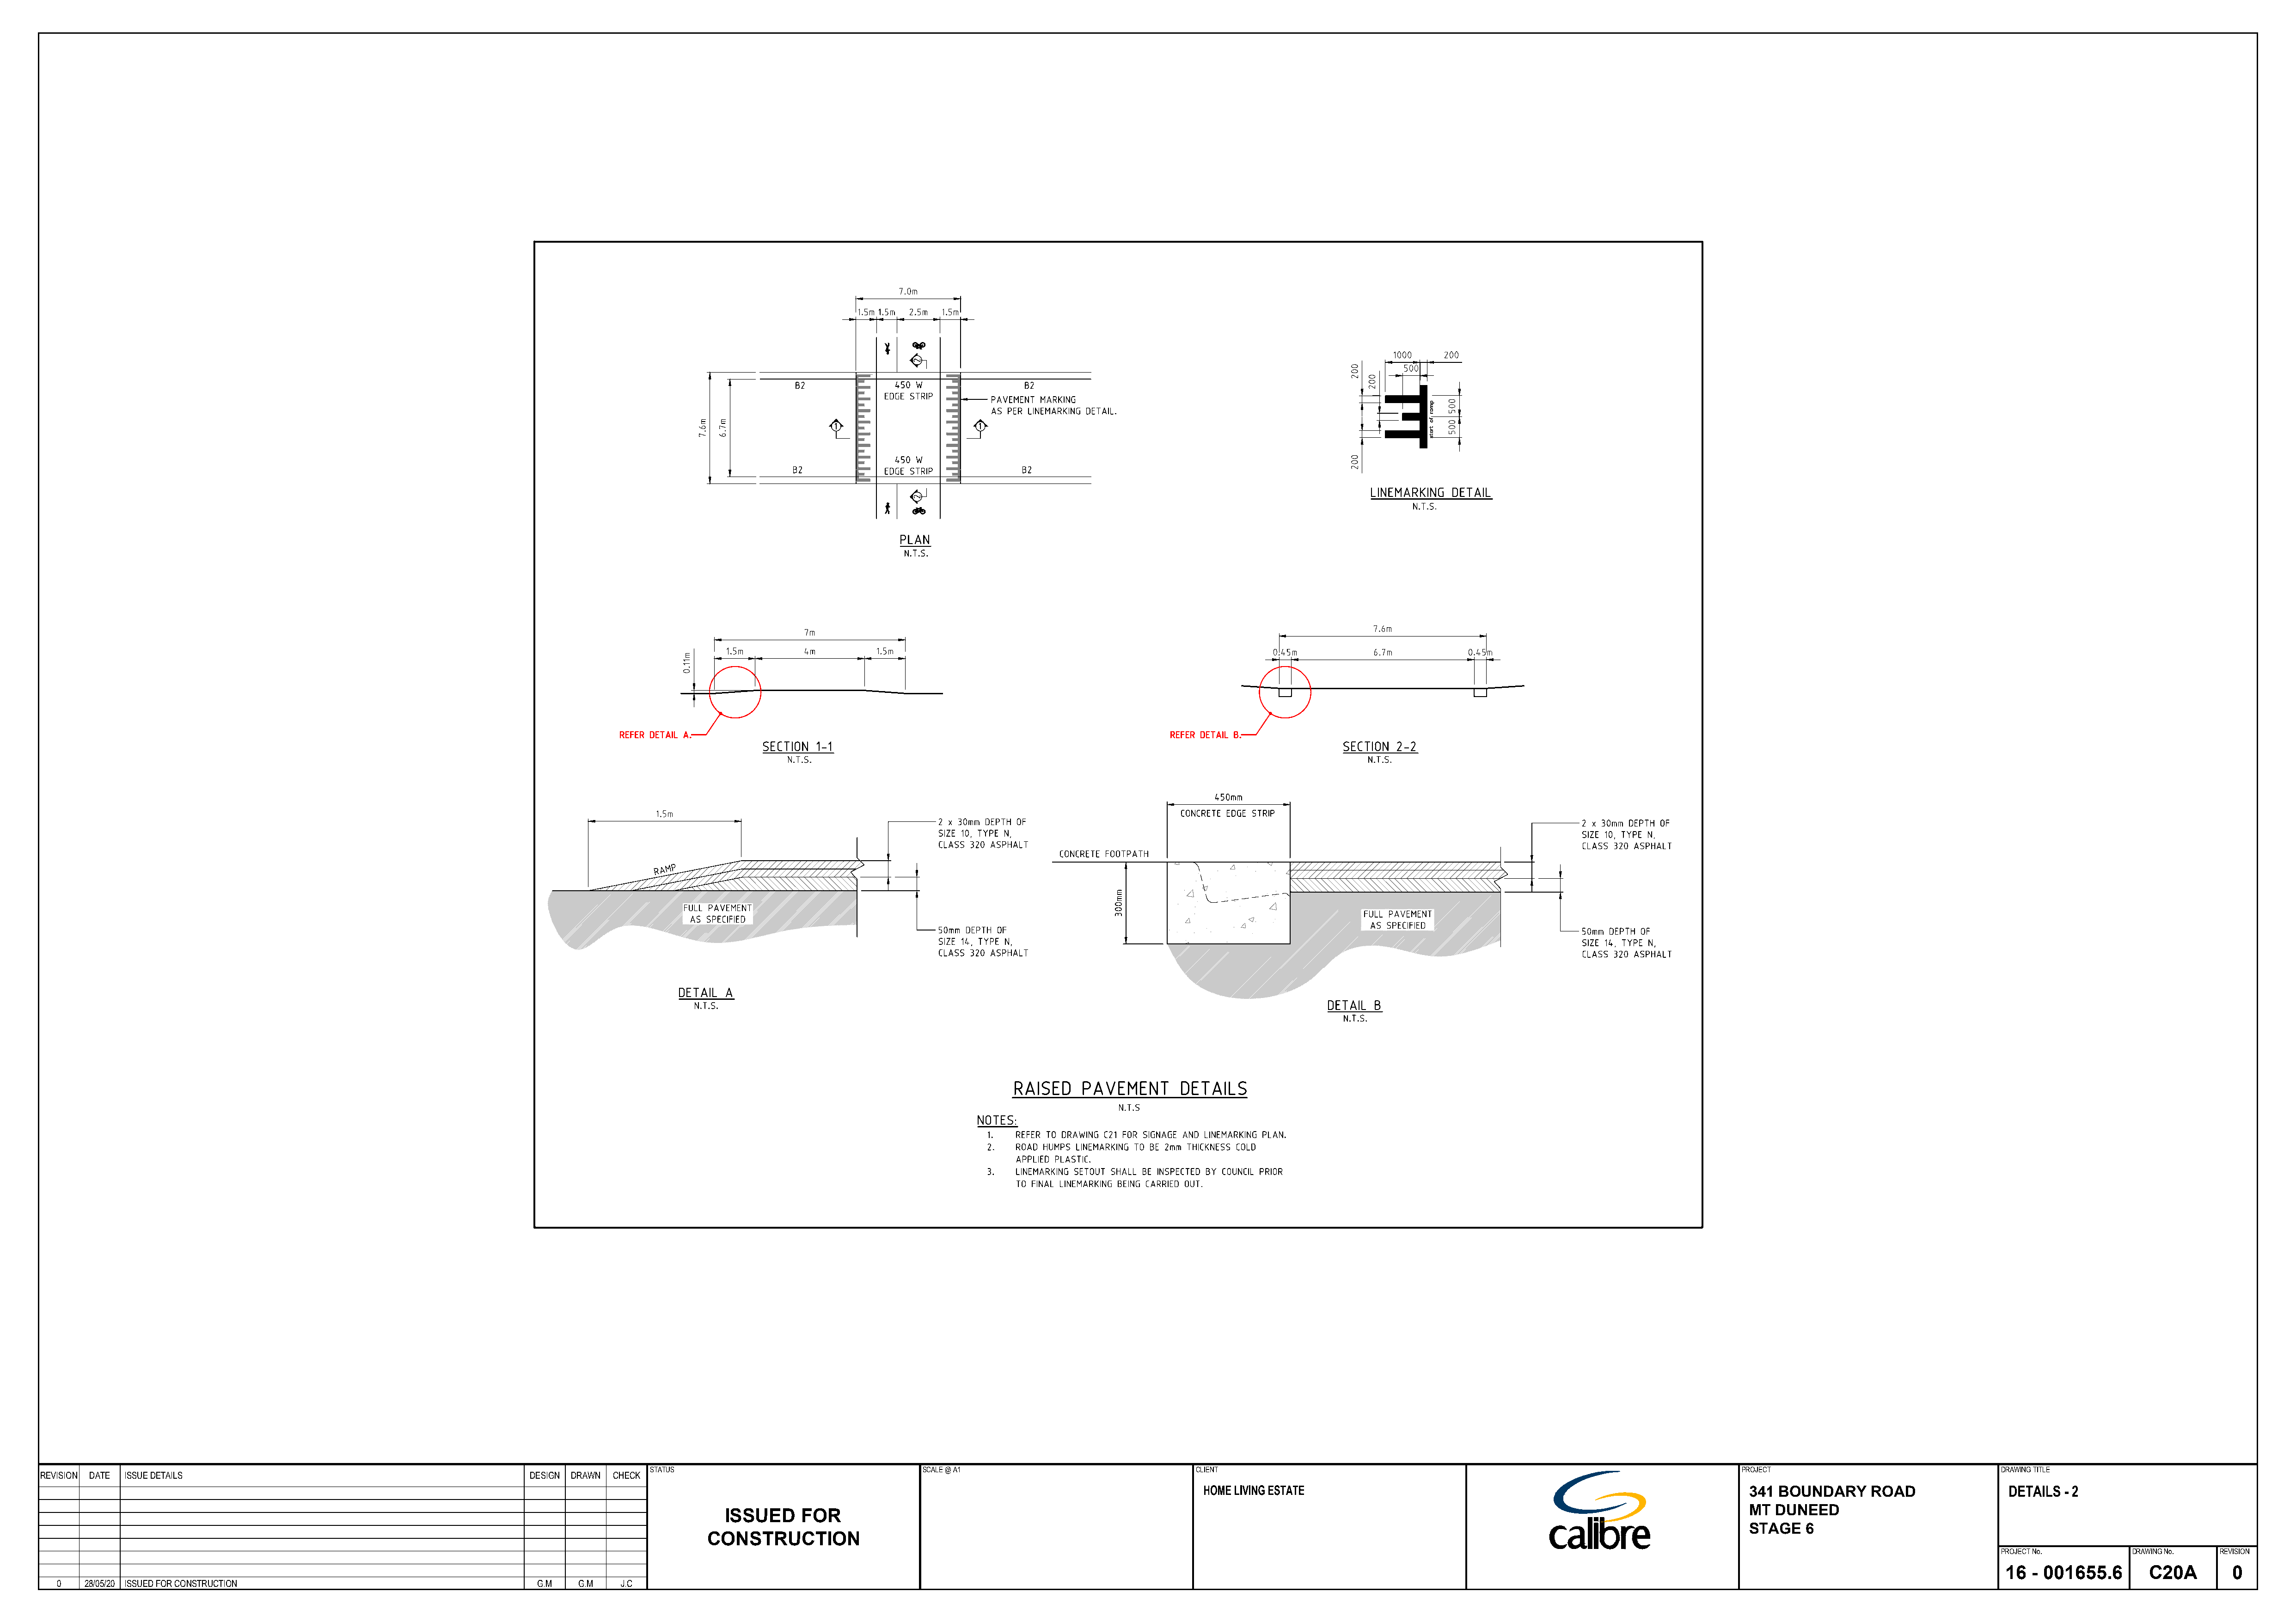
STATUS                                 SCALE @ A1                             CLIENT                                                                        PROJECT                               DRAWING TITLE
 RREEVVIISSIIOONN DDAATTEE IISSSSUUEE DDEETTAAIILLSS                   DDEESSIIGGNN DDRRAAWWNN CCHHEECCKK
 HOME LIVING ESTATE                                                            341  BOUNDARY     ROAD                DETAILS  - 2
 MT  DUNEED
 ISSUED     FOR
 STAGE    6
 CONSTRUCTION
 PROJECT No.       DRAWING No.  REVISION
 16  - 001655.6       C20A        0
 0   28/05/20 ISSUED FOR CONSTRUCTION                                 G.M   G.M   J.C